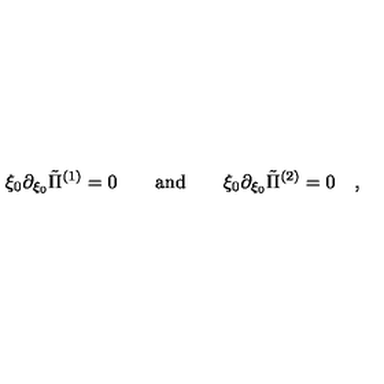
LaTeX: \xi _ { 0 } \partial _ { \xi _ { 0 } } \tilde { \Pi } ^ { ( 1 ) } = 0 \qquad \mathrm { a n d } \qquad \xi _ { 0 } \partial _ { \xi _ { 0 } } \tilde { \Pi } ^ { ( 2 ) } = 0 \quad ,